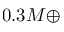
0 . 3 M \oplus